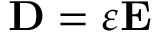
{ \bf D } = \varepsilon { \bf E }